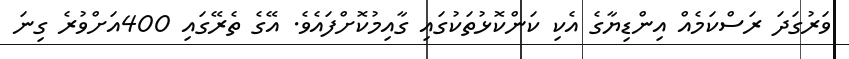
ވަރުގަދަ ރަސްކަމެއް އިންޑިޔާގެ އެކި ކަންކޮޅުތަކުގައި ގާއިމުކޮށްފައެވެ. އޭގެ ތެރޭގައި 400އަށްވުރެ ގިނަ